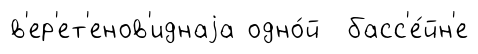
в'ер'ет'енов'иднаjа одно́й басс'е́йн'е